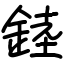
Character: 錴